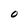
Character: 0